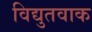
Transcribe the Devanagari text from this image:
विद्युतवाक